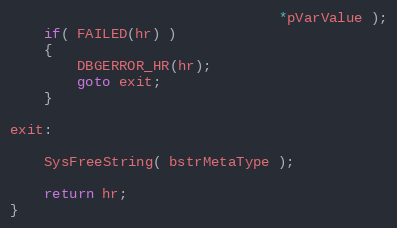
Language: C++
                                *pVarValue );
    if( FAILED(hr) )
    {
        DBGERROR_HR(hr);
        goto exit;
    }

exit:

    SysFreeString( bstrMetaType );

    return hr;
}